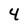
Character: 4